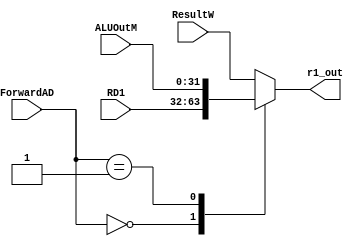
`timescale 1ns / 1ps
//////////////////////////////////////////////////////////////////////////////////
// Company: 
// Engineer: 
// 
// Design Name: 
// Module Name:    ForwardAD_MUX 
// Project Name: 
// Target Devices: 
// Tool versions: 
// Description: 
//
// Dependencies: 
//
// Revision: 
// Revision 0.01 - File Created
// Additional Comments: 
//
//////////////////////////////////////////////////////////////////////////////////
module ForwardAD_MUX(
    input [1:0]ForwardAD,
	 input [31:0]ALUOutM,
	 input [31:0]RD1,
	 input [31:0]ResultW,
	 output reg [31:0]r1_out
    );
always @(*)
begin
  case(ForwardAD)
    2'd0:r1_out = RD1;
	 2'd1:r1_out = ALUOutM;
	 default:r1_out = ResultW;
  endcase
end	 

endmodule